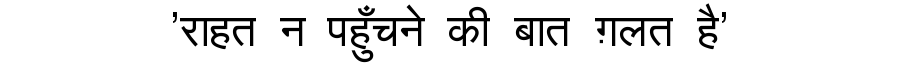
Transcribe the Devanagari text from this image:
'राहत न पहुँचने की बात ग़लत है'